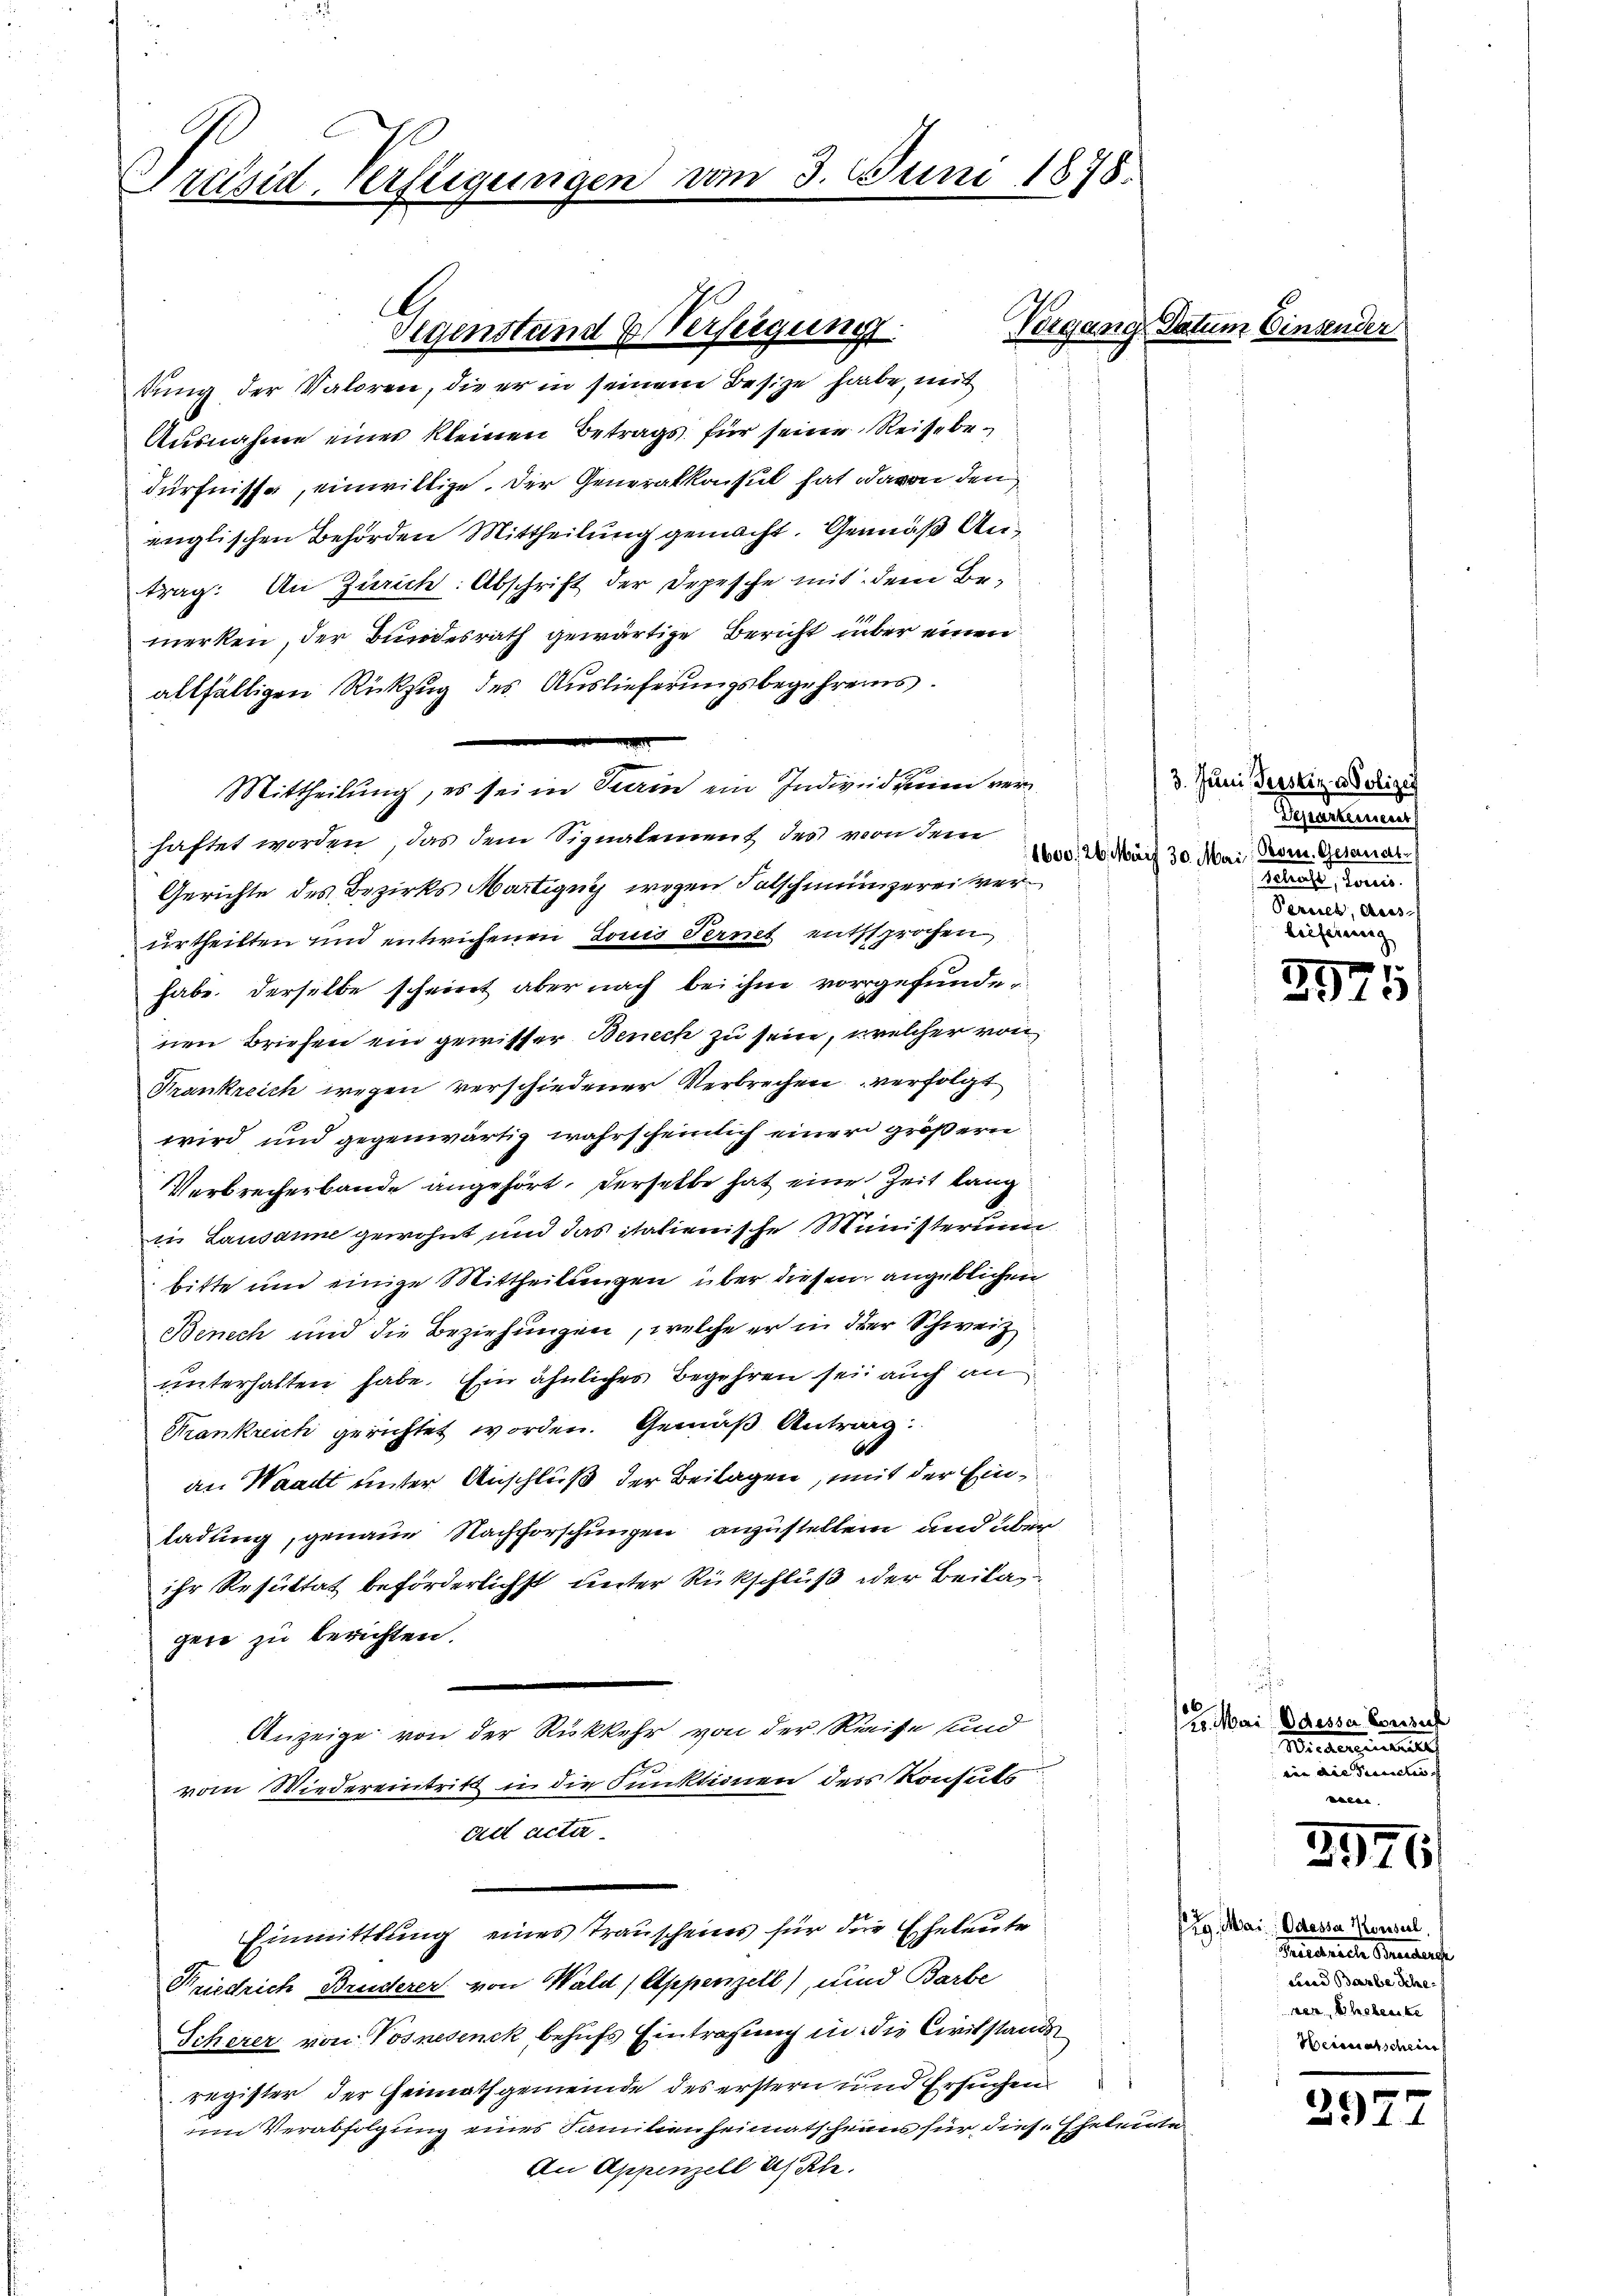
Pressen Verftigung

tung der Valoren, die er in seinem Besitze habe, mit
Ausnahme eines kleinen Betrags für seine Reisebedürfnisse, einwillige. Der Generalkonsul hat davon den
englischen Behörden Mittheilung gemacht. Gemäß Antrag: An Zürich: Abschrift der Depesche mit dem Be-
merken, der Bundesrath gewärtige Bericht über einen
allfälligen Rückzug des Auslieferungsbegehrens.
Mittheilung, es seien Stain ein Individuen verhaftet worden, das dem Signalement des von dem
Gerichte des Bezirks Martigny wegen Falschmungerei verurtheilten und entwichenen Louis Fernet entsprochen
habe. Derselbe scheint aber nach bei ihm vorgefundenen Briefen ein gewisser Benech zu sein, welcher von
Krankreich wegen verschiedener Verbrechen verfolgt
wird und gegenwärtig wahrscheinlich einer größern
Verbrecherbande angehört, derselbe hat eine Zeit lang
in Lausanne gewohnt und das italienische Ministerium
bitte und einige Mittheilungen über diesen angeblichen
Benech und die Beziehungen, welche er in der Schweiz
unterhalten habe. Ein ähnliches Begehren sei auch an
Krankreich gerichtet worden. Gemäß Antrag:
a
an Waadt unter Anschluß der Beilagen, mit der Einladung, genaue Nachforschungen anzustellen und überihr Resultat beförderlichst unter Rückschluß der Beilas
gen zu berichten.
6
Anzeige von der Rückkehr von der Reise und
6
vom Wiedereintritt in die Punktionen des Konsuls
alt acta
Einmittlung eines Trauscheins für die Eheleute
Friedrich Bruderer von Wald, Appenzell), und Barbe
Scherer von Vosnesenck behufs Eintragung in die Civilstands
register, der Heimathgemeinde des erstern und Ersuchen
um Verabfolgung eines Familienheimatschein für diese Eheleute
An Appenzell als Kle

Eigenstand Verfeigung.

d 3. Juni 1878.

Vorgang Datum Einsender

3. Juni Perstiz & Polizey
Departenneres
1600, 26. März 30. Mai, Bores Gesandt
Schraft, Louis
Perces, Auss
lieferung

m
3
1)

20. Mai Odessa Vorsich
Biedergeset
inn die Streichen

3976

seg. Mai. Odessa Konsul
Friedenen Bundense
Land Barbe Sche
rer, Eheberste
Heimatscheinf

e
391. 1